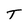
Character: T